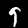
Digit: 9